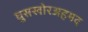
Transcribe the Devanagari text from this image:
घुसखोरअहमद